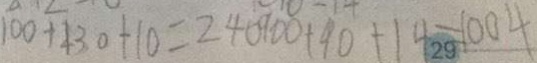
1 0 0 + 1 3 0 + 1 0 = 2 4 0 9 0 0 + 9 0 + 1 4 = 1 0 0 4